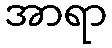
အာရာ